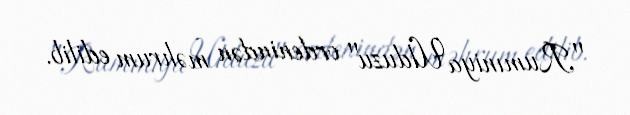
"Rumıniya Ulduzu" ordenindən məhrum edilib.